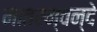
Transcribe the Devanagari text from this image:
मातरम्वन्दे